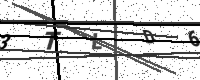
Text: 3TLD6